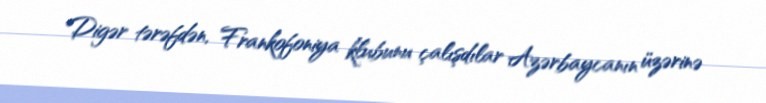
Digər tərəfdən, Frankofoniya klubunu çalışdılar Azərbaycanın üzərinə